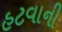
હટવાની